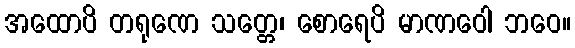
အထောပိ တရုဏေ သတ္တေ၊ စောရေပိ မာဏဝေါ ဘဝေ။